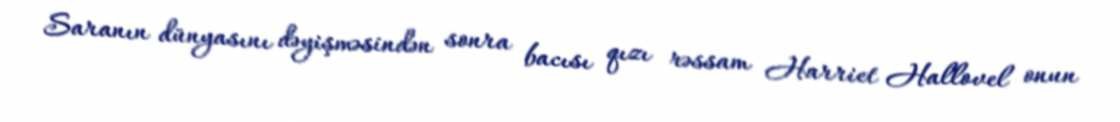
Saranın dünyasını dəyişməsindən sonra bacısı qızı rəssam Harriet Hallovel onun